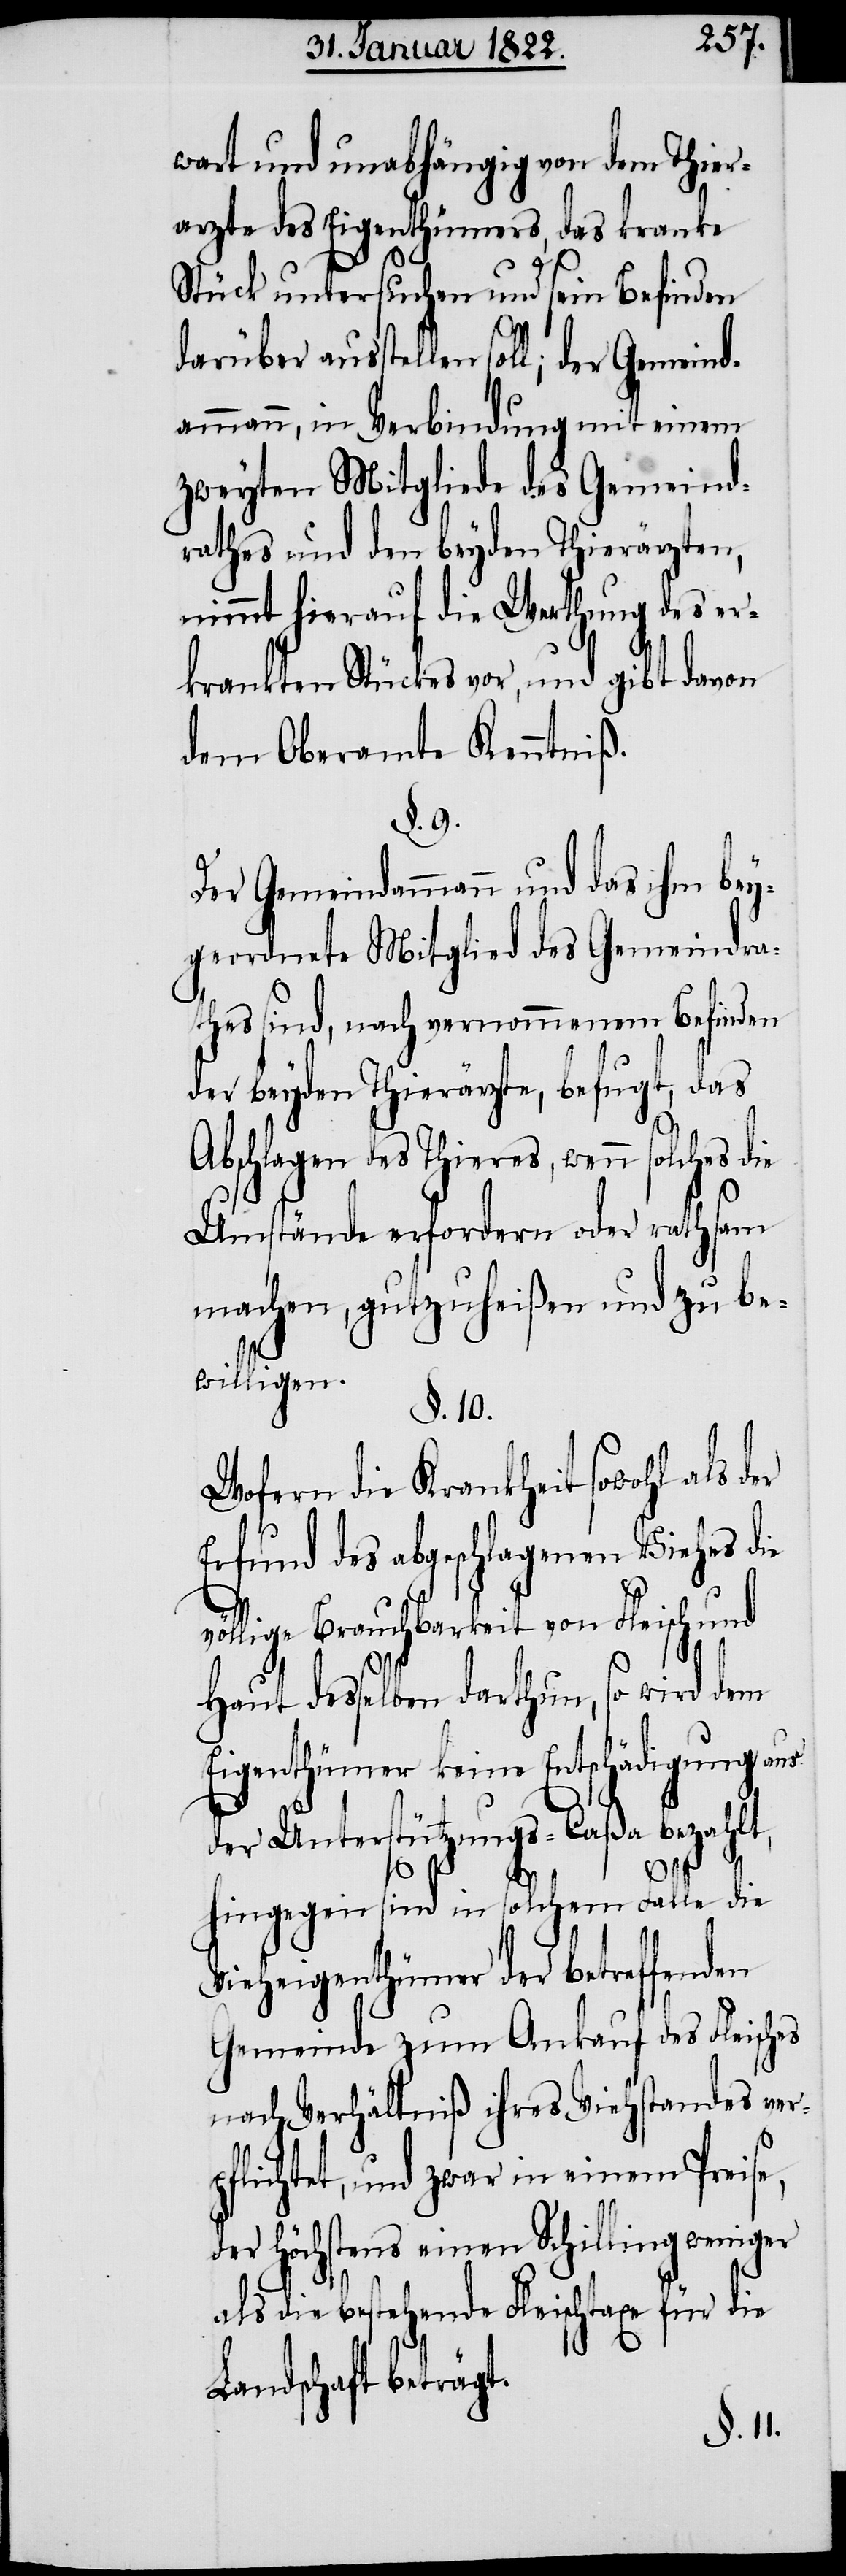
wart und unabhängig von dem Thier¬
arzte des Eigenthümers, das kranke
Stück untersuchen und sein Befinden
dammann, in Verbindung mit einem
zweyten Mitgliede des Gemeind¬
rathes und den beyden Thierärzten,
nimmt hierauf die Werthung des er¬
krankten Stückes vor, und gibt davon
dem Oberamte Kenntniß.
§. 9.
Der Gemeindammann und das ihm bey¬
geordnete Mitglied des Gemeindra¬
thes sind, nach vernommenem Befinden
der beyden Thierärzte, befugt, das
Abschlagen des Thieres, wenn solches die
Umstände erfordern oder rathsam
machen, gutzuheißen und zu be¬
willigen.
§. 10
Wofern die Krankheit sowohl als der
Erfund des abgeschlagenen Viehes die
lige Brauchbarkeit von Fleisch und
Haut desselben darthun, so wird dem
Eigenthümer keine Entschädigung aus
der Unterstützungs-Caßa bezahlt,
völ¬
hingegen sind in solchem Falle die
Vieheigenthümer der betreffenden
Gemeinde zum Ankauf des Fleisches
nach Verhältniß ihres Viehbestandes ver¬
pflichtet, und zwar in einem Preise,
der höchstens einen Schilling weniger
als die bestehende Fleischtaxe für die
Landschaft beträgt.